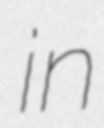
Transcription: in